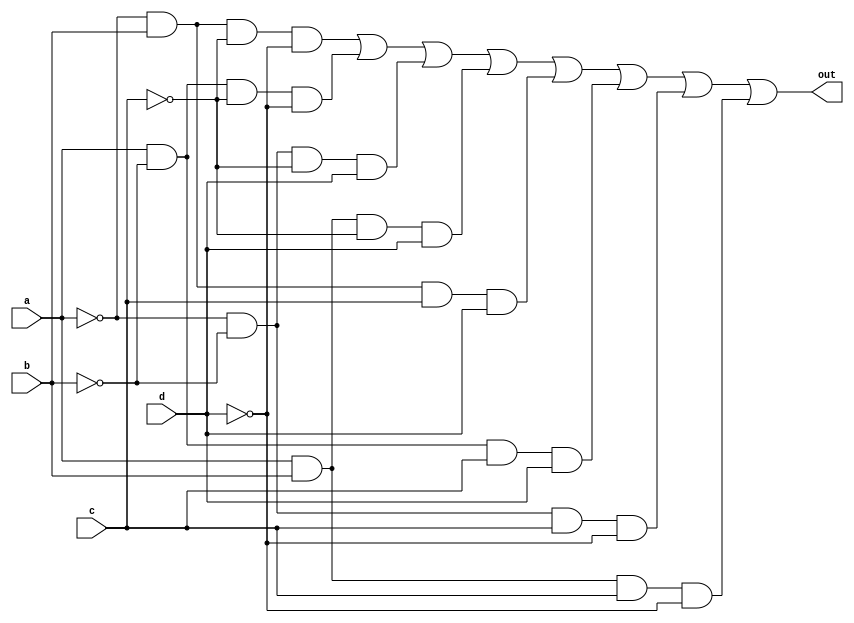
module top_module(
    input a,
    input b,
    input c,
    input d,
    output out  ); 
wire anot, bnot, cnot,dnot, w1,w2,w3,w4,w5,w6,w7,w8;
    not (anot, a);
    not (bnot, b);
    not (cnot, c);
    not (dnot, d);
    and (w1, anot,b,cnot,dnot);
    and (w2, a, bnot, cnot,dnot);
    and (w3, anot, bnot, cnot,d);
    and (w4, a,b,cnot, d);
    and (w5, anot, b,c,d);
    and (w6, a,bnot,c,d);
    and (w7, anot, bnot, c, dnot);
    and (w8, a,b,c,dnot);
    
    or (out, w1,w2,w3,w4,w5,w6,w7,w8);
    
endmodule